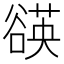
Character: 𧯀